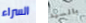
السراء بالسيد